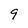
Character: 9